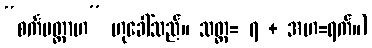
“စင်္ကမတ္တာဟ” ဟုခေါ်သည်။ သတ္တ= ၇ + အဟ=ရက်။)